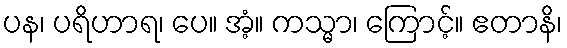
ပန၊ ပရိဟာရ၊ ပေ။ အံ့။ ကသ္မာ၊ ကြောင့်။ ဧတာနိ၊